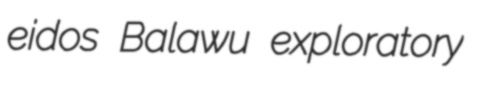
eidos Balawu exploratory